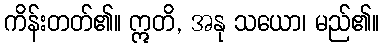
ကိန်းတတ်၏။ ဣတိ, အနု သယော၊ မည်၏။